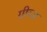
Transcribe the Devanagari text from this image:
ग्रीव्ज़